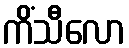
ကိံသီလော